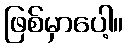
ဖြစ်မှာပေါ့။